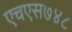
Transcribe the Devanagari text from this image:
एचएस७४८